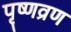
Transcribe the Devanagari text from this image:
पृष्णव्रण